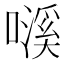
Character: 𱕁